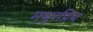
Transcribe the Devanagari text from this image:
मधुरप्रिय